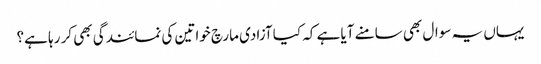
یہاں یہ سوال بھی سامنے آیا ہے کہ کیا آزادی مارچ خواتین کی نمائندگی بھی کر رہا ہے؟